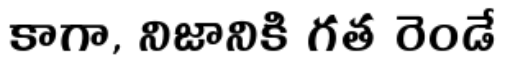
కాగా, నిజానికి గత రెండే